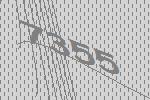
7355